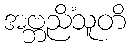
အဗ္ဘညိံသူတိ